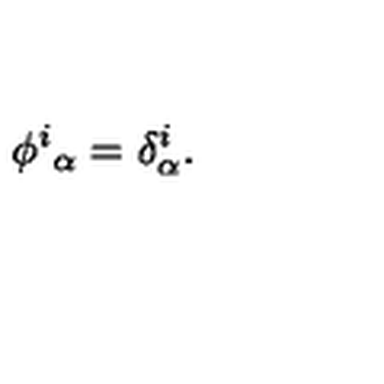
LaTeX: \phi ^ { i } { } _ { \alpha } = \delta _ { \alpha } ^ { i } .